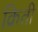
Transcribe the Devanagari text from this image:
क्रिती